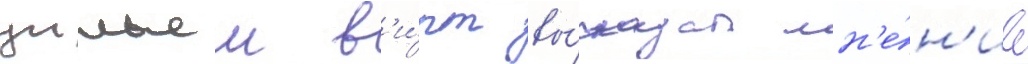
уильям в'и́рт вы́сказал мн'е́н'ие